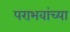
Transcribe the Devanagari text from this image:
पराभवांच्या